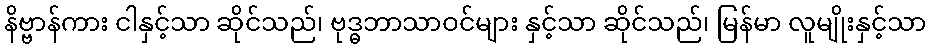
နိဗ္ဗာန်ကား ငါနှင့်သာ ဆိုင်သည်၊ ဗုဒ္ဓဘာသာဝင်များ နှင့်သာ ဆိုင်သည်၊ မြန်မာ လူမျိုးနှင့်သာ